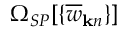
\Omega _ { S P } [ \{ \overline { { w } } _ { { \bf k } n } \} ]